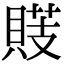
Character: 䝸